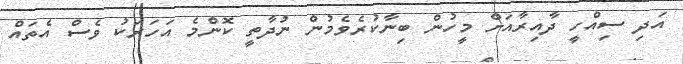
އަދި ސިއްހީ ދާއިރާއަށް މީހުން ބިނާކުރެވެމުން ނުދާތީ ކޮންމެ އަހަރަކު ވެސް އެތައް